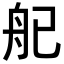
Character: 𬜒